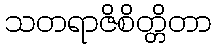
သတရာဇိစိတ္တိတာ